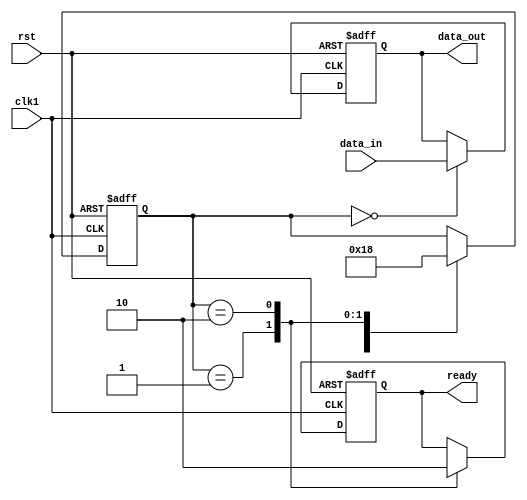
module synchronizer_with_handshaking(
    input wire clk1, // Clock signal of first clock domain
    input wire rst, // Reset signal
    input wire data_in, // Incoming data from first clock domain
    output reg data_out, // Output data to second clock domain
    output reg ready // Handshaking signal
);

reg [1:0] state; // State machine variable

always @(posedge clk1 or posedge rst) begin
    if(rst) begin
        state <= 2'b00; // Reset state machine
        data_out <= 1'b0; // Reset output data
        ready <= 1'b0; // Reset handshaking signal
    end else begin
        case(state)
            2'b00: begin
                data_out <= data_in; // Capture incoming data
                state <= 2'b01; // Move to next state
            end
            2'b01: begin
                ready <= 1'b1; // Assert handshaking signal
                state <= 2'b10; // Move to final state
            end
            2'b10: begin
                ready <= 1'b0; // De-assert handshaking signal
                state <= 2'b00; // Reset state machine
            end
        endcase
    end
end

endmodule